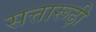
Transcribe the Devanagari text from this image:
सत्तारूढ़ी